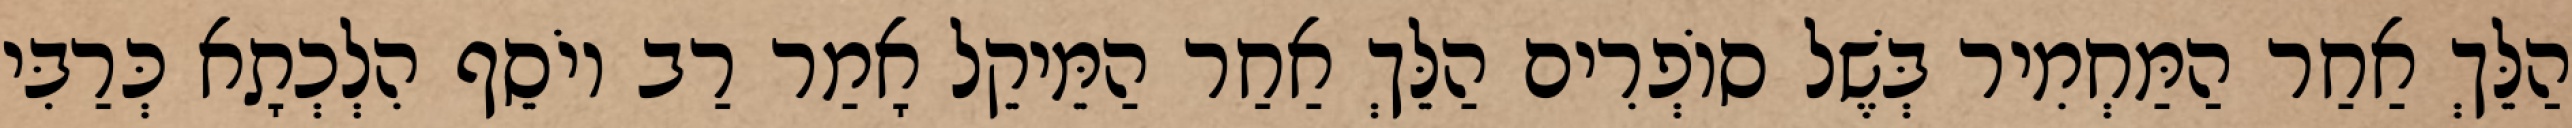
הַלֵּךְ אַחַר הַמַּחְמִיר בְּשֶׁל סוֹפְרִים הַלֵּךְ אַחַר הַמֵּיקֵל אָמַר רַב יוֹסֵף הִלְכְתָא כְּרַבִּי